Report of the Indian Hemp Drugs Commission, 1894-1895 - Volume I
Year: 1894
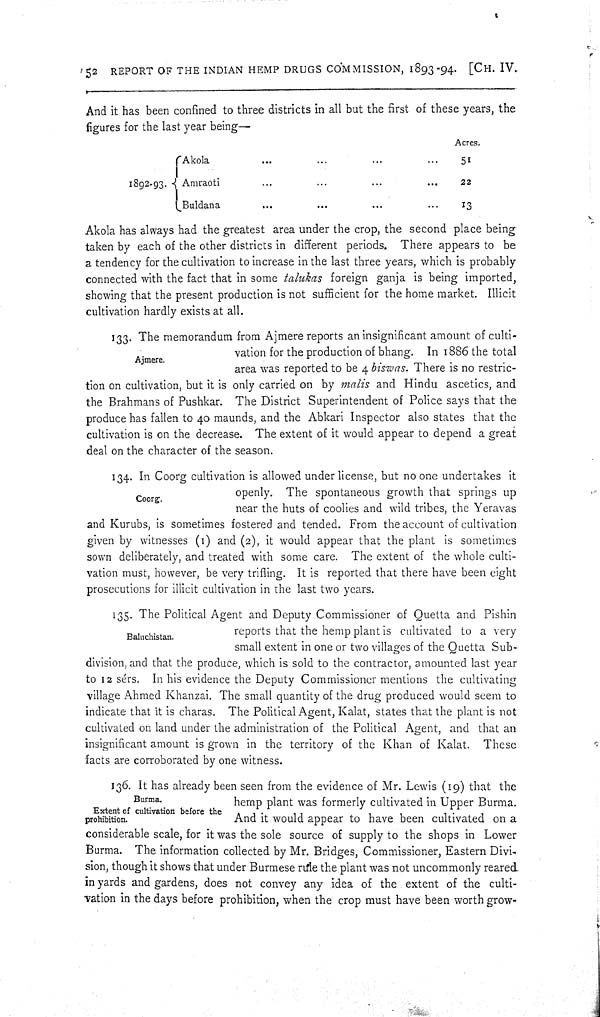
52 REPORT OF THE INDIAN HEMP DRUGS COMMISSION, 1893-94. [CH. IV.
And it has been confined to three districts in all but the first of these years, the
figures for the last year being—
Acres.
Akola
51
1892-93. Amraoti
22
Buldana
13
Akola has always had the greatest area under the crop, the second place being
taken by each of the other districts in different periods. There appears to be
a tendency for the cultivation to increase in the last three years, which is probably
connected with the fact that in some talukas foreign ganja is being imported,
showing that the present production is not sufficient for the home market. Illicit
cultivation hardly exists at all.
Ajmere.
133. The memorandum from Ajmere reports an insignificant amount of culti-
vation for the production of bhang. In 1886 the total
area was reported to be 4 biswas. There is no restric-
tion on cultivation, but it is only carried on by malis and Hindu ascetics, and
the Brahmans of Pushkar. The District Superintendent of Police says that the
produce has fallen to 40 maunds, and the Abkari Inspector also states that the
cultivation is on the decrease. The extent of it would appear to depend a great
deal on the character of the season.
Coorg.
134. In Coorg cultivation is allowed under license, but no one undertakes it
openly. The spontaneous growth that springs up
near the huts of coolies and wild tribes, the Yeravas
and Kurubs, is sometimes fostered and tended. From the account of cultivation
given by witnesses (1) and (2), it would appear that the plant is sometimes
sown deliberately, and treated with some care. The extent of the whole culti-
vation must, however, be very trifling. It is reported that there have been eight
prosecutions for illicit cultivation in the last two years.
Baluchistan.
135. The Political Agent and Deputy Commissioner of Quetta and Pishin
reports that the hemp plant is cultivated to a very
small extent in one or two villages of the Quetta Sub-
division, and that the produce, which is sold to the contractor, amounted last year
to 12 sérs. In his evidence the Deputy Commissioner mentions the cultivating
village Ahmed Khanzai. The small quantity of the drug produced would seem to
indicate that it is charas. The Political Agent, Kalat, states that the plant is not
cultivated on land under the administration of the Political Agent, and that an
insignificant amount is grown in the territory of the Khan of Kalat. These
facts are corroborated by one witness.
Burma.
Extent of cultivation before the
prohibition.
136. It has already been seen from the evidence of Mr. Lewis (19) that the
hemp plant was formerly cultivated in Upper Burma.
And it would appear to have been cultivated on a
considerable scale, for it was the sole source of supply to the shops in Lower
Burma. The information collected by Mr. Bridges, Commissioner, Eastern Divi-
sion, though it shows that under Burmese rule the plant was not uncommonly reared
in yards and gardens, does not convey any idea of the extent of the culti-
vation in the days before prohibition, when the crop must have been worth grow-